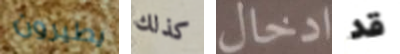
يطيرون كذلك ادخال قد